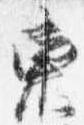
東